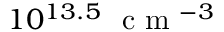
1 0 ^ { 1 3 . 5 } ~ \mathrm { ~ c ~ m ~ } ^ { - 3 }